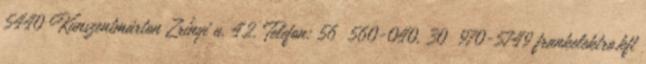
5440 Kunszentmárton Zrínyi u. 42. Telefon: 56 560-040, 30 970-5749 frankelektro.kft